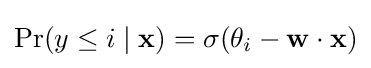
\Pr(y\leq i\mid \mathbf {x} )=\sigma (\theta _{i}-\mathbf {w} \cdot \mathbf {x} )